Civil Veterinary Department Bihar reports 1940-50 - 1940-1950
Year: 1940
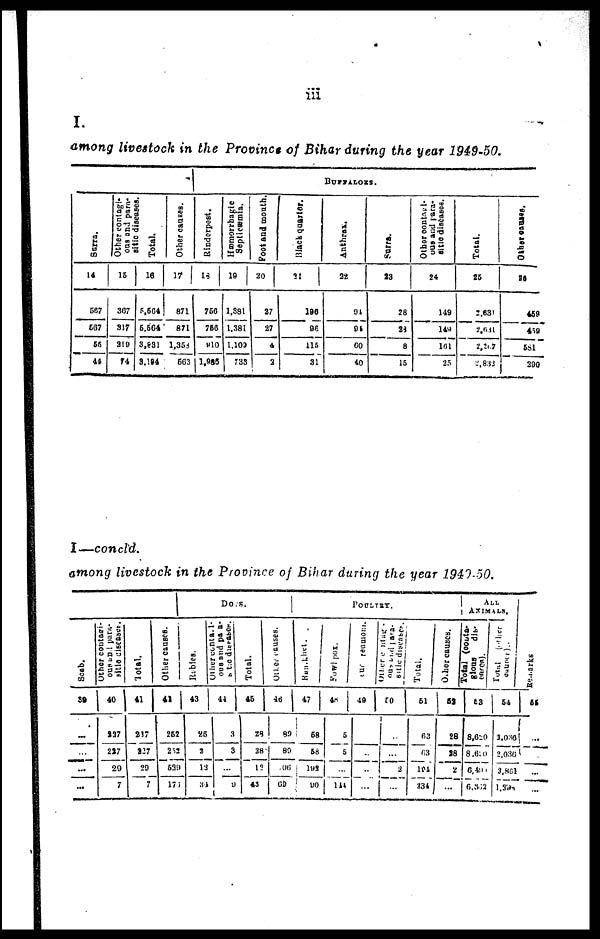
iii
I.
among livestock in the Province of Bihar during the year 1949-50.
Surra.
14
567
567
55
44
Other contagi-
ous and para-
sitic diseases.
15
307
317
219
74
Total.
16
5,564
5,564
3,831
3,194
Other causes.
17
871
871
1,358
603
BUFFALOES.
Rinderpest.
18
760
760
810
1,088
Hæmorrhagic
Septicæmia.
19
1,381
1,381
1,100
733
Foot and mouth.
20
27
27
4
2
Black quarter.
21
196
96
115
31
Anthrax.
22
94
94
60
40
Surra.
23
28
28
8
15
Other contagi-
ous and para-
sitic diseased.
24
149
149
101
25
Total.
25
2,634
2,631
2,267
2,832
Other causes.
26
459
459
581
290
I—concld.
among livestock in the Province of Bihar during the year 1940.50.
Scab.
39
...
...
...
...
Other coutagi-
ous and para-
sitic diseases.
40
227
227
29
7
Total.
41
217
227
29
7
Other causes.
42
262
252
639
171
Dogs.
Rabies.
43
25
2
12
34
Others contagi-
ous and para-
sitic
diseases.
44
3
3
...
...
Total.
45
28
28
12
43
Other causes.
46
89
89
06
69
POULTRY.
Ranikhet.
47
68
58
193
90
Fowl pox.
48
6
5
......
144
our reamount.
49
...
...
...
...
Other contagi-
ous and para-
Sitic diseases.
50
...
...
2
...
Total.
51
63
63
184
234
Other causes.
52
28
28
2
...
ANIMALS.
Total (Conta-
gious dis-
eases.)
53
8,620
8,620
6,490
6,362
Total
(Other
54
3,036
2,030
3,861
1,338
Remarks
55
...
...
...
...